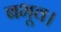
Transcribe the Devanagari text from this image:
बभूव।